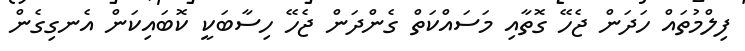
ފިލްމުތައް ހަދަން ޖެހޭ ގޮތާއި މަސައްކަތް ގެންދަން ޖެހޭ ހިސާބަކީ ކޮބައިކަން އެނގިގެން